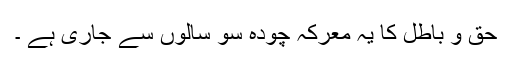
حق و باطل کا یہ معرکہ چودہ سو سالوں سے جاری ہے ۔